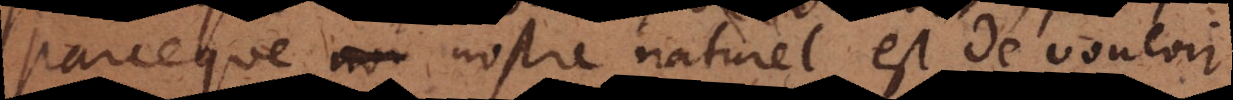
parceque nostre naturel est de vouloir